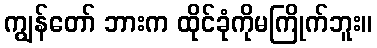
ကျွန်တော် ဘားက ထိုင်ခုံကိုမကြိုက်ဘူး။